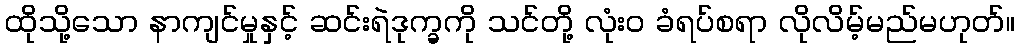
ထိုသို့သော နာကျင်မှုနှင့် ဆင်းရဲဒုက္ခကို သင်တို့ လုံးဝ ခံရပ်စရာ လိုလိမ့်မည်မဟုတ်။